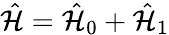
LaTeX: \hat{\mathcal{H}}=\hat{\mathcal{H}}_{0}+\hat{\mathcal{H}}_{1}